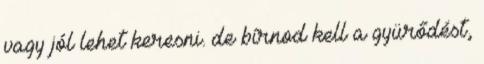
vagy jól lehet keresni. de bírnod kell a gyürődést,